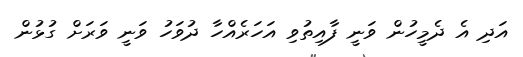
އަދި އެ ދެމީހުން ވަނީ ފާއިތުވި އަހަރެއްހާ ދުވަހު ވަނީ ވަރަށް ގުޅުން